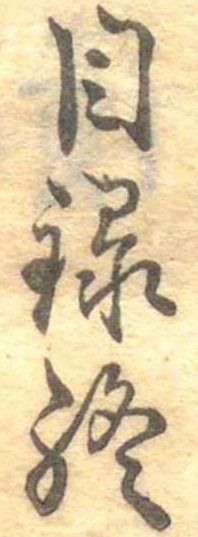
目録終